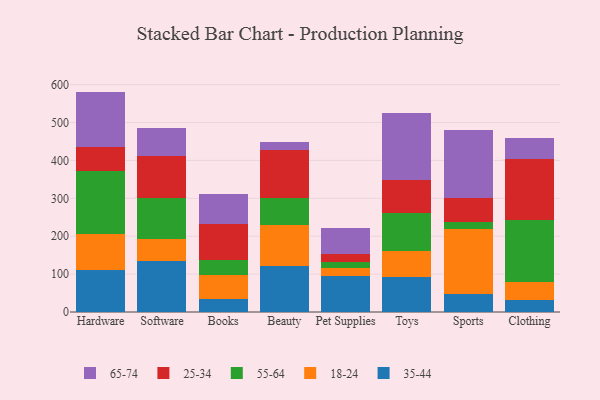
{"axis": {"x": "Category", "y": "Energy Usage (MWh)"}, "legend": ["18-24", "25-34", "35-44", "55-64", "65-74"], "data": [{"x": "Hardware", "y": 111.7, "type": "35-44"}, {"x": "Hardware", "y": 95.1, "type": "18-24"}, {"x": "Hardware", "y": 166.6, "type": "55-64"}, {"x": "Hardware", "y": 62.5, "type": "25-34"}, {"x": "Hardware", "y": 145.7, "type": "65-74"}, {"x": "Software", "y": 135.6, "type": "35-44"}, {"x": "Software", "y": 56.8, "type": "18-24"}, {"x": "Software", "y": 109.4, "type": "55-64"}, {"x": "Software", "y": 111.0, "type": "25-34"}, {"x": "Software", "y": 72.8, "type": "65-74"}, {"x": "Books", "y": 35.5, "type": "35-44"}, {"x": "Books", "y": 62.6, "type": "18-24"}, {"x": "Books", "y": 38.6, "type": "55-64"}, {"x": "Books", "y": 94.4, "type": "25-34"}, {"x": "Books", "y": 79.7, "type": "65-74"}, {"x": "Beauty", "y": 121.2, "type": "35-44"}, {"x": "Beauty", "y": 107.2, "type": "18-24"}, {"x": "Beauty", "y": 72.3, "type": "55-64"}, {"x": "Beauty", "y": 125.5, "type": "25-34"}, {"x": "Beauty", "y": 23.3, "type": "65-74"}, {"x": "Pet Supplies", "y": 94.6, "type": "35-44"}, {"x": "Pet Supplies", "y": 22.3, "type": "18-24"}, {"x": "Pet Supplies", "y": 13.9, "type": "55-64"}, {"x": "Pet Supplies", "y": 21.0, "type": "25-34"}, {"x": "Pet Supplies", "y": 70.7, "type": "65-74"}, {"x": "Toys", "y": 91.8, "type": "35-44"}, {"x": "Toys", "y": 70.2, "type": "18-24"}, {"x": "Toys", "y": 99.8, "type": "55-64"}, {"x": "Toys", "y": 87.5, "type": "25-34"}, {"x": "Toys", "y": 176.9, "type": "65-74"}, {"x": "Sports", "y": 47.0, "type": "35-44"}, {"x": "Sports", "y": 171.2, "type": "18-24"}, {"x": "Sports", "y": 18.9, "type": "55-64"}, {"x": "Sports", "y": 65.0, "type": "25-34"}, {"x": "Sports", "y": 178.2, "type": "65-74"}, {"x": "Clothing", "y": 31.7, "type": "35-44"}, {"x": "Clothing", "y": 46.9, "type": "18-24"}, {"x": "Clothing", "y": 164.5, "type": "55-64"}, {"x": "Clothing", "y": 160.2, "type": "25-34"}, {"x": "Clothing", "y": 56.6, "type": "65-74"}]}